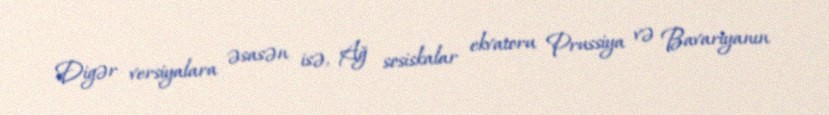
Digər versiyalara əsasən isə, Ağ sosiskalar ekvatoru Prussiya və Bavariyanın